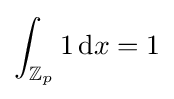
\int _{\mathbb {Z} _{p}}1\,{\rm {d}}x=1